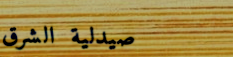
صيدلية الشرق